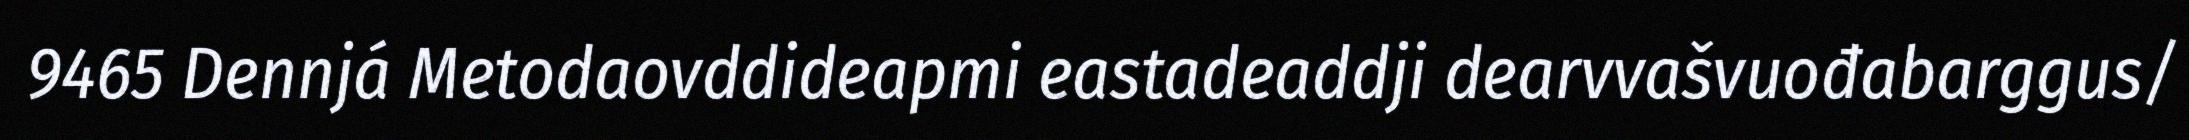
9465 Dennjá Metodaovddideapmi eastadeaddji dearvvašvuođabarggus/